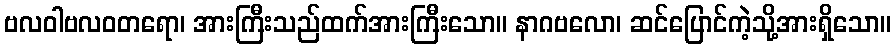
ဗလဝါဗလဝတရော၊ အားကြီးသည်ထက်အားကြီးသော။ နာဂဗလော၊ ဆင်ပြောင်ကဲ့သို့အားရှိသော။